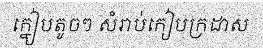
ក្នៀបតូចៗ សំរាប់កៀបក្រដាស